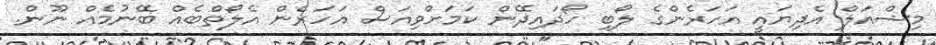
މިޝްއަލް އެދިޔައީ އަހަރެންގެ ލޯބި ހޯދައިދޭން ކަމަށްވިއަސް އަހަރެން އެލޯތްބެއް ބޭނުމެއް ނޫން.